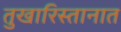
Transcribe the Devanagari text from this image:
तुखारिस्तानात